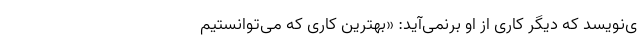
ی‌نویسد که دیگر کاری از او برنمی‌آید: «بهترین کاری که می‌توانستیم